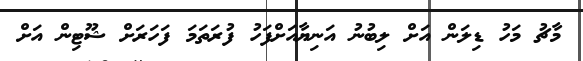
މާޗު މަހު ޑިލަން އަށް ލިބުނު އަނިޔާއަށްފަހު ފުރަތަމަ ފަހަރަށް ޝޫޓިން އަށް